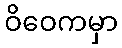
ဝိဝေကမှာ